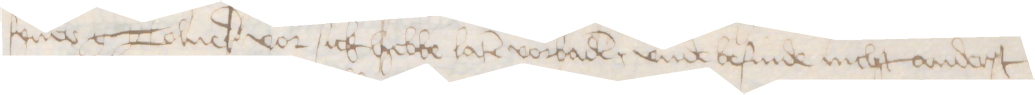
syner g Tolner vor sick hebbe laten vorbaden, vnde befinde nicht anderst